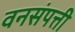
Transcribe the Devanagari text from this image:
वनसंपत्ती